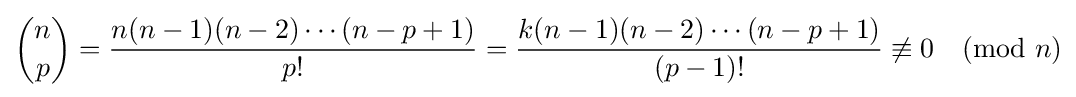
{\binom {n}{p}}={\frac {n(n-1)(n-2)\cdots (n-p+1)}{p!}}={\frac {k(n-1)(n-2)\cdots (n-p+1)}{(p-1)!}}\not \equiv 0{\pmod {n}}